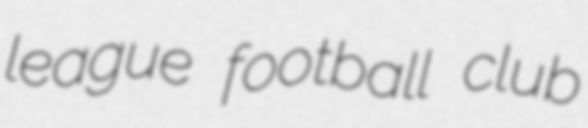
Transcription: league football club